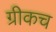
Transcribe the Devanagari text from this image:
ग्रीकच